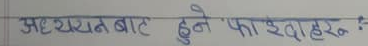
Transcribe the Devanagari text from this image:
अध्ययनबाट हुने फाइदाहरू:-